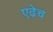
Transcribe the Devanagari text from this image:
एढेच